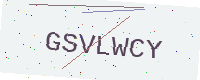
Text: GSVLWCY